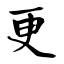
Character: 更